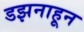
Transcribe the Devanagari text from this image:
डझनाहून